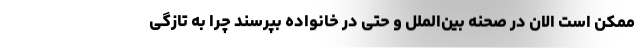
ممکن است الان در صحنه بین‌الملل و حتی در خانواده بپرسند چرا به تازگی